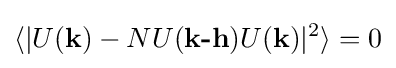
\langle |U({\textbf {k}})-NU({\textbf {k-h}})U({\textbf {k}})|^{2}\rangle =0